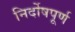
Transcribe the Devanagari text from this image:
निर्दोषपूर्ण